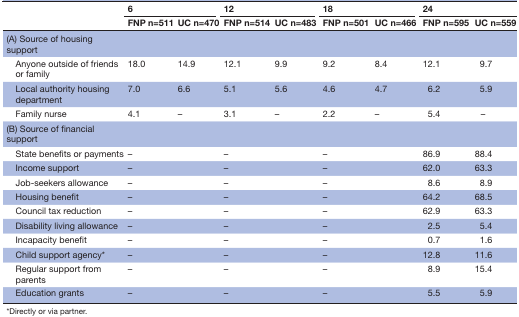
<table><thead><tr><td rowspan="2"></td><td colspan="2"><b>6</b></td><td colspan="2"><b>12</b></td><td colspan="2"><b>18</b></td><td colspan="2"><b>24</b></td></tr><tr><td><b>FNP n=511</b></td><td><b>UC n=470</b></td><td><b>FNP n=514</b></td><td><b>UC n=483</b></td><td><b>FNP n=501</b></td><td><b>UC n=466</b></td><td><b>FNP n=595</b></td><td><b>UC n=559</b></td></tr></thead><tbody><tr><td>(A) Source of housing support</td><td></td><td></td><td></td><td></td><td></td><td></td><td></td><td></td></tr><tr><td> Anyone outside of friends or family</td><td>18.0</td><td>14.9</td><td>12.1</td><td>9.9</td><td>9.2</td><td>8.4</td><td>12.1</td><td>9.7</td></tr><tr><td> Local authority housing department</td><td>7.0</td><td>6.6</td><td>5.1</td><td>5.6</td><td>4.6</td><td>4.7</td><td>6.2</td><td>5.9</td></tr><tr><td> Family nurse</td><td>4.1</td><td>–</td><td>3.1</td><td>–</td><td>2.2</td><td>–</td><td>5.4</td><td>–</td></tr><tr><td>(B) Source of financial support</td><td></td><td></td><td></td><td></td><td></td><td></td><td></td><td></td></tr><tr><td> State benefits or payments</td><td>–</td><td></td><td>–</td><td></td><td>–</td><td></td><td>86.9</td><td>88.4</td></tr><tr><td> Income support</td><td>–</td><td></td><td>–</td><td></td><td>–</td><td></td><td>62.0</td><td>63.3</td></tr><tr><td> Job-seekers allowance</td><td>–</td><td></td><td>–</td><td></td><td>–</td><td></td><td>8.6</td><td>8.9</td></tr><tr><td> Housing benefit</td><td>–</td><td></td><td>–</td><td></td><td>–</td><td></td><td>64.2</td><td>68.5</td></tr><tr><td> Council tax reduction</td><td>–</td><td></td><td>–</td><td></td><td>–</td><td></td><td>62.9</td><td>63.3</td></tr><tr><td> Disability living allowance</td><td>–</td><td></td><td>–</td><td></td><td>–</td><td></td><td>2.5</td><td>5.4</td></tr><tr><td> Incapacity benefit</td><td>–</td><td></td><td>–</td><td></td><td>–</td><td></td><td>0.7</td><td>1.6</td></tr><tr><td> Child support agency*</td><td>–</td><td></td><td>–</td><td></td><td>–</td><td></td><td>12.8</td><td>11.6</td></tr><tr><td> Regular support from parents</td><td>–</td><td></td><td>–</td><td></td><td>–</td><td></td><td>8.9</td><td>15.4</td></tr><tr><td> Education grants</td><td>–</td><td></td><td>–</td><td></td><td>–</td><td></td><td>5.5</td><td>5.9</td></tr></tbody></table>